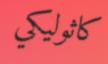
كاثوليكي